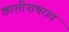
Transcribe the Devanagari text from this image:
काशीनाथराव